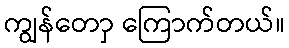
ကျွန်တောှ ကြောက်တယ်။